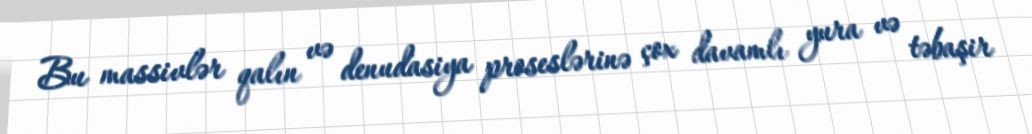
Bu massivlər qalın və denudasiya proseslərinə çox davamlı yura və təbaşir